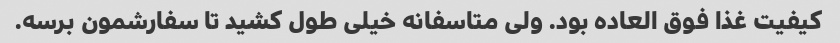
کیفیت غذا فوق العاده بود. ولی متاسفانه خیلی طول کشید تا سفارشمون برسه.